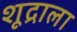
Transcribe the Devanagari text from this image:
शूद्राला